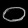
Digit: ၀